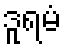
ဒူရမံ